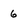
Character: 6